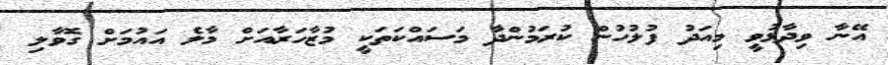
އޭނާ ވިދާޅުވީ މިއަދު ފުލުހުން ކުރަމުންދާ މަސައްކަތަކީ މުޒާހަރާއަށް މާލެ އައުމަށް ގޮވާލި